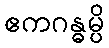
ဧကဂန္ဓမ္ပိ